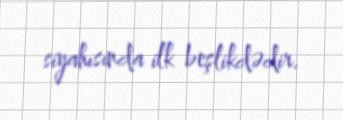
siyahısında ilk beşlikdədir.